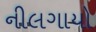
નીલગાયો